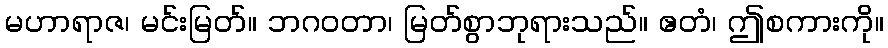
မဟာရာဇ၊ မင်းမြတ်။ ဘဂဝတာ၊ မြတ်စွာဘုရားသည်။ ဧတံ၊ ဤစကားကို။